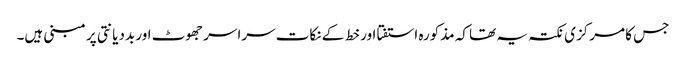
جس کا مرکزی نکتہ یہ تھا کہ مذکورہ استفتا اور خط کے نکات سراسر جھوٹ اور بددیانتی پر مبنی ہیں۔